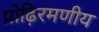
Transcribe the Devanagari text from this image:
प्रोढ़िरमणीय